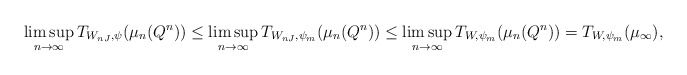
\begin{align*}\limsup_{n \to \infty} T_{W_{nJ}, \psi}(\mu_n(Q^n)) &\le \limsup_{n \to \infty} T_{W_{nJ},\psi_m}(\mu_n(Q^n)) \le \limsup_{n \to \infty} T_{W,\psi_m}(\mu_n(Q^n)) = T_{W,\psi_m}(\mu_\infty), \end{align*}